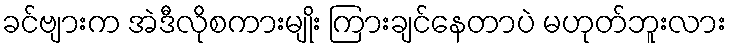
ခင်ဗျားက အဲဒီလိုစကားမျိုး ကြားချင်နေတာပဲ မဟုတ်ဘူးလား